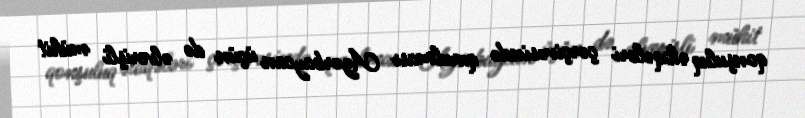
qonşuluq əlaqələri çərçivəsində qurulması Azərbaycan üçün də əlverişli mühit